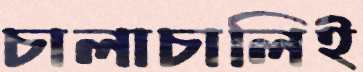
চালাচালিই